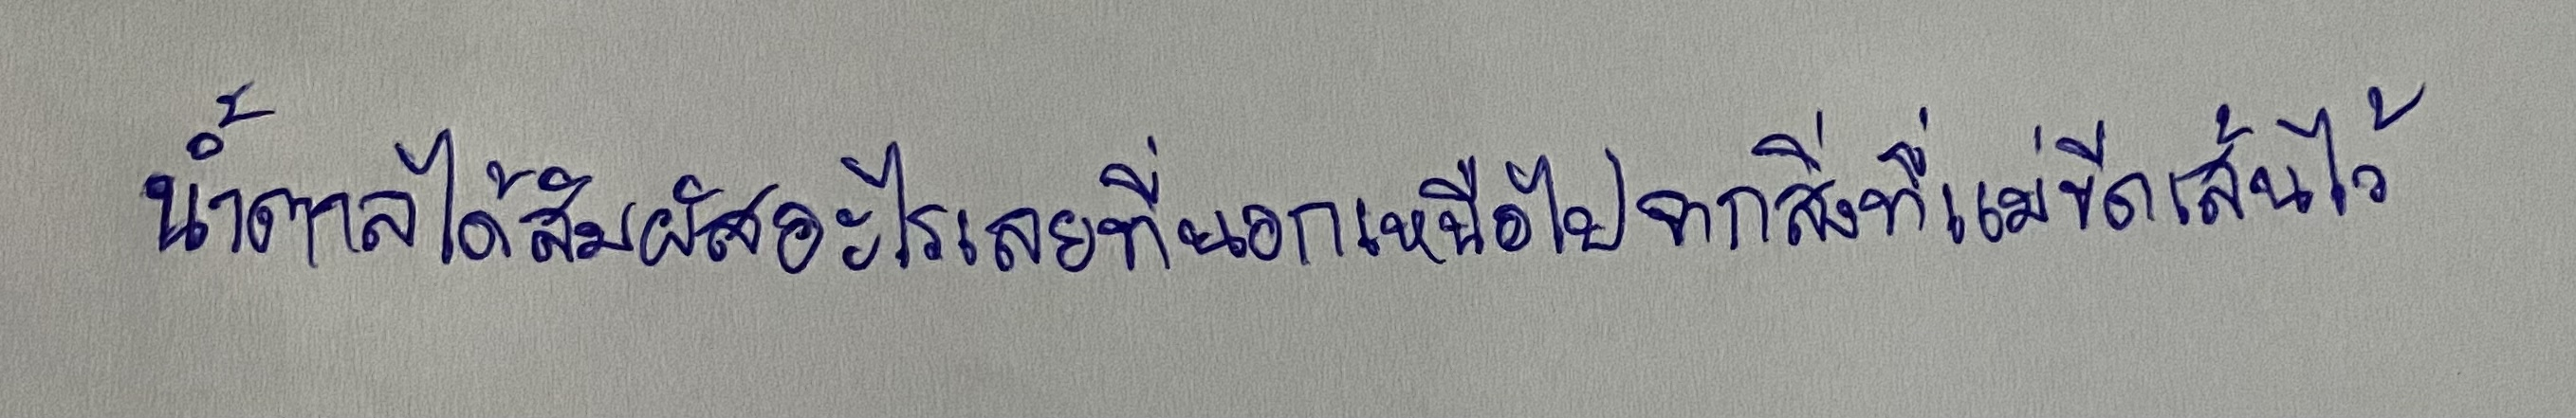
น้ำตาลได้สัมผัสอะไรเลยที่นอกเหนือไปจากสิ่งที่แม่ขีดเส้นไว้